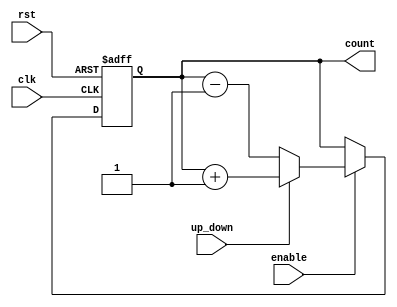
module UpDownCounter #(
    parameter WIDTH = 4 // Parameter to define the width of the counter
)(
    input wire clk,           // Clock signal
    input wire rst,           // Asynchronous reset
    input wire up_down,       // Up/Down control signal
    input wire enable,        // Enable signal
    output reg [WIDTH-1:0] count // Current count value
);

// Asynchronous reset and counting logic
always @(posedge clk or posedge rst) begin
    if (rst) begin
        count <= 0; // Reset count to zero
    end else if (enable) begin
        if (up_down) begin
            // Count up
            count <= count + 1;
        end else begin
            // Count down
            count <= count - 1;
        end
    end
end

endmodule